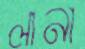
লানা